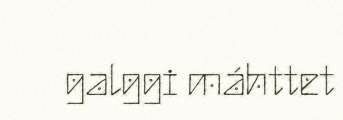
galggi máhttet